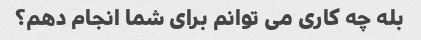
بله چه کاری می توانم برای شما انجام دهم؟